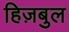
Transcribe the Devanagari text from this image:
हिज़बुल